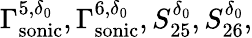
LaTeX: \Gamma_{\mathrm{sonic}}^{5,\delta_{0}},\Gamma_{\mathrm{sonic}}^{6,\delta_{0}},S_{25}^{\delta_{0}},S_{26}^{\delta_{0}},